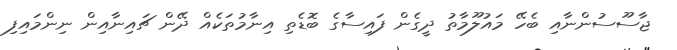
ޖާސޫސުންނާއި ބެހޭ މައުލޫމާތު ދީގެން ފައިސާގެ ބޮޑެތި އިނާމުތަކެއް ދޭން ޗައިނާއިން ނިންމައިފި